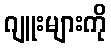
ဂျူးများကို